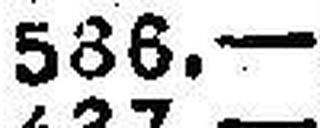
586.—